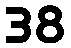
38